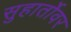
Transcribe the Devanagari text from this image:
सुहार्तोवर